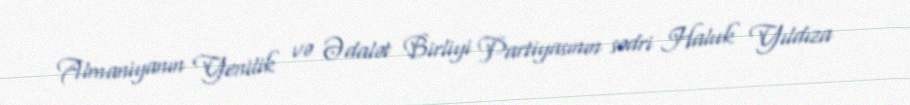
Almaniyanın Yenilik və Ədalət Birliyi Partiyasının sədri Haluk Yıldıza